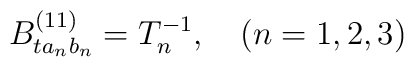
B^{(11)}_{ta_nb_n}=T^{-1}_n, \ \ \ (n=1,2,3)